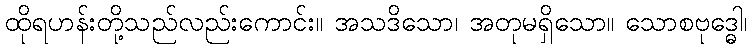
ထိုရဟန်းတို့သည်လည်းကောင်း။ အသဒိသော၊ အတုမရှိသော။ သောစဗုဒ္ဓေါ၊